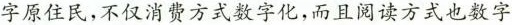
字原住民，不仅消费方式数字化，而且阅读方式也数字